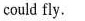
could fly.